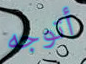
أتوجه